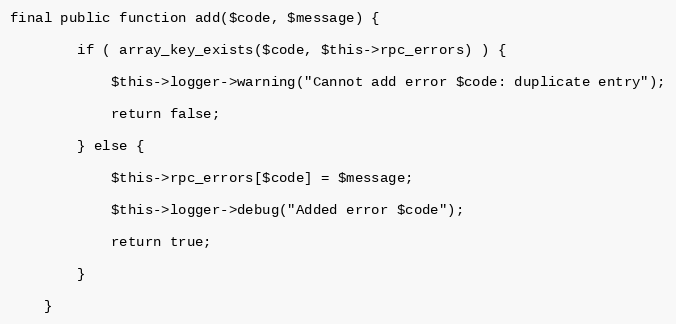
Language: PHP
final public function add($code, $message) {

        if ( array_key_exists($code, $this->rpc_errors) ) {

            $this->logger->warning("Cannot add error $code: duplicate entry");

            return false;

        } else {

            $this->rpc_errors[$code] = $message;

            $this->logger->debug("Added error $code");

            return true;

        }

    }